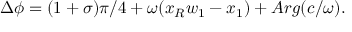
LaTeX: \Delta \phi = ( 1 + \sigma ) \pi / 4 + \omega ( x _ { R } w _ { 1 } - x _ { 1 } ) + A r g ( c / \omega ) .